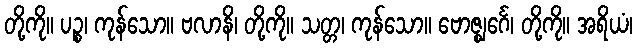
တို့ကို။ ပဉ္စ၊ ကုန်သော။ ဗလာနိ၊ တို့ကို။ သတ္တ၊ ကုန်သော။ ဗောဇ္ဈင်္ဂေ၊ တို့ကို။ အရိယံ၊